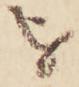
を